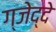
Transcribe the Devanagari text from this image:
ग्जेद्दे